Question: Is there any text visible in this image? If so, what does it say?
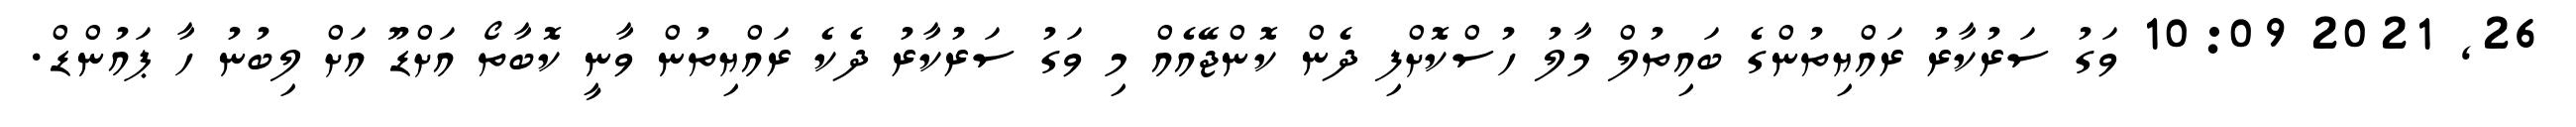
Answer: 26, 2021 10:09 ވަގު ސަރުކާރު ރައްޔިތުންގެ ބައިތުލް މާލު ހުސްކޮށްފި ދެން ކޮންޖޭއެއް މި ވަގު ސަރުކާރު ދެކެ ރައްޔިތުން ވާނީ ކޮބާތޯ އަށްޑޫ އަށް ލިބުނު ހާ ޕައުންޑް.